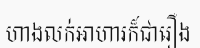
ហាងលក់អាហារក៏ជារឿង